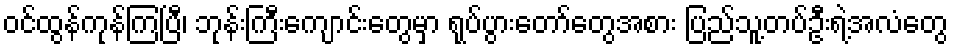
ဝင်ထွန်ကုန်ကြပြီ၊ ဘုန်းကြီးကျောင်းတွေမှာ ရုပ်ပွားတော်တွေအစား ပြည်သူ့တပ်ဦးရဲ့အလံတွေ